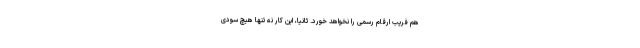
هم فریب ارقام رسمی را نخواهد خورد. ثانیاً، این کار نه تنها هیچ سودی